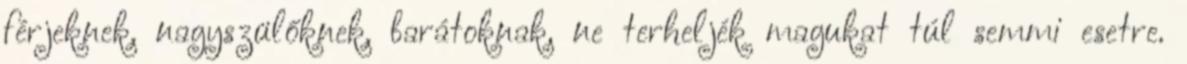
férjeknek, nagyszülőknek, barátoknak, ne terheljék magukat túl semmi esetre.